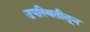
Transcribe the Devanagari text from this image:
उपस्थितीतून